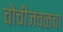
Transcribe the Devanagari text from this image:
चोचीजवळचा